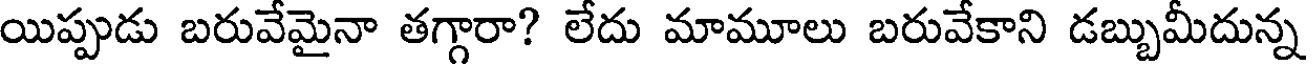
యిప్పుడు బరువేమైనా తగ్గారా? లేదు మామూలు బరువేకాని డబ్బుమీదున్న